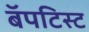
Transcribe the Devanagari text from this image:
बॅपटिस्ट